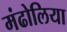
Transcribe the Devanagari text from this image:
मंढोलिया